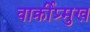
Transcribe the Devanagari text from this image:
वार्क्रीप्र्मुख